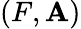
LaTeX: (F,\mathbf{A})